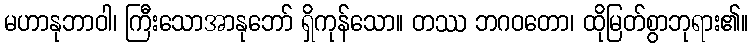
မဟာနုဘာဝါ၊ ကြီးသောအာနုဘော် ရှိကုန်သော။ တဿ ဘဂဝတော၊ ထိုမြတ်စွာဘုရား၏။